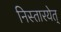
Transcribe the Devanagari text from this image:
निस्तारयेत्